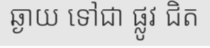
ឆ្ងាយ ទៅជា ផ្លូវ ជិត